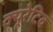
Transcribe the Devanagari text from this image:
क्यूरेटिव